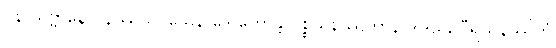
ပုန သဗ္ဗာနေဝ နိဿယဝသေန ဒွေ ဟောန္တိ ပစ္စယနိဿိတာနိ ဒွါဒသ, ဝီရိယနိဿိတံ